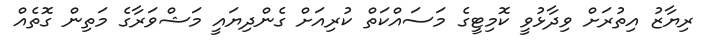
ރިޔާޒު އިތުރަށް ވިދާޅުވީ ކޮމިޓީގެ މަސައްކަތް ކުރިއަށް ގެންދިޔައީ މަޝްވަރާގެ މަތިން ގޮތެއް